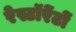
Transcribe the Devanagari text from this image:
रेस्टॉरेंटों